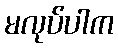
မလုပ်ပါက